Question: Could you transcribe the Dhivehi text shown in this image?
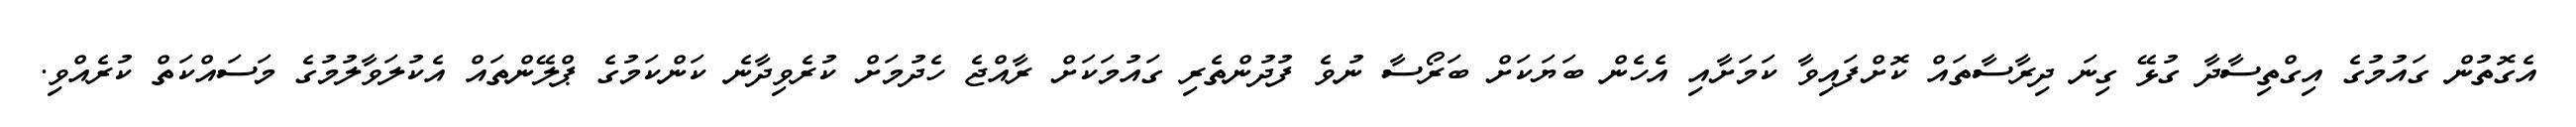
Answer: އެގޮތުން ގައުމުގެ އިގްތިސާދާ ގުޅޭ ގިނަ ދިރާސާތައް ކޮށްފައިވާ ކަމަށާއި އެހެން ބަޔަކަށް ބަރޯސާ ނުވެ ފުދުންތެރި ގައުމަކަށް ރާއްޖެ ހެދުމަށް ކުރެވިދާނެ ކަންކަމުގެ ޕްލޭންތައް އެކުލަވާލުމުގެ މަސައްކަތް ކުރެއްވި.